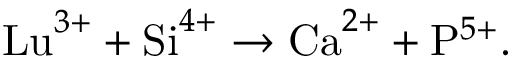
\mathrm { L u } ^ { 3 + } + \mathrm { S i } ^ { 4 + } \to \mathrm { C a } ^ { 2 + } + \mathrm { P } ^ { 5 + } .